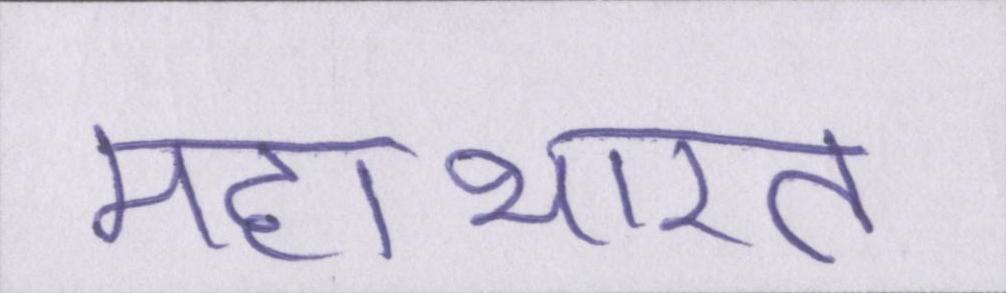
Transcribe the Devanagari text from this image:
महाभारत